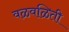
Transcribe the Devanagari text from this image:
वळवळिती